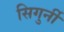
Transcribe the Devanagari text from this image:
सिगुर्नी